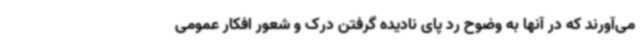
می‌آورند که در آنها به وضوح رد پای نادیده گرفتن درک و شعور افکار عمومی